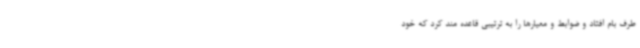
طرف بام افتاد و ضوابط و معیارها را به ترتیبی قاعده مند کرد که خود